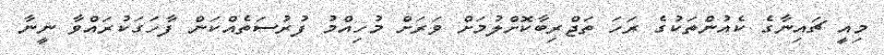
މިއީ ޗައިނާގެ ކެއުންތަކުގެ ރަހަ ތަޖްރިބާކޮށްލުމަށް ވަރަށް މުހިއްމު ފުރުސަތެއްކަން ފާހަގަކުރައްވާ ނީނާ